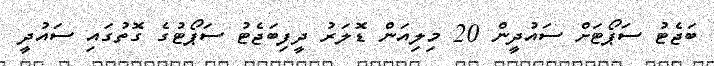
ބަޖެޓު ސަޕޯޓަށް ސައުދީން 20 މިލިއަން ޑޮލަރު ދީފިބަޖެޓު ސަޕޯޓުގެ ގޮތުގައި ސައުދީ